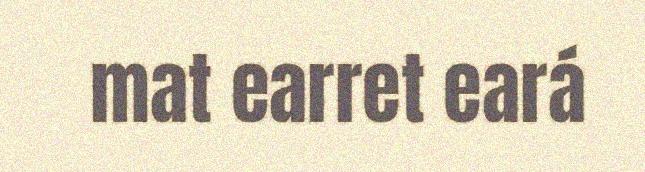
mat earret eará